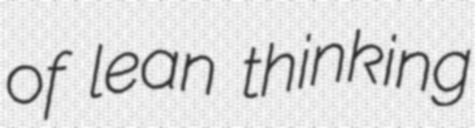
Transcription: of lean thinking